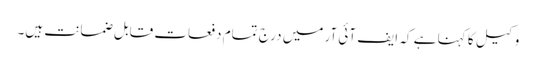
وکیل کا کہنا ہے کہ ایف آئی آر میں درج تمام دفعات قابل ضمانت ہیں۔